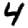
Digit: 4